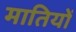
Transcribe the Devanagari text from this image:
मातियों